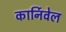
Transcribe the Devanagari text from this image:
कार्निवेल